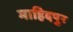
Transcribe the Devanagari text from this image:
माहिदपुर